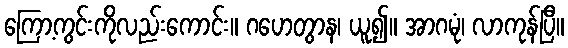
ကြော့ကွင်းကိုလည်းကောင်း။ ဂဟေတွာန၊ ယူ၍။ အာဂမုံ၊ လာကုန်ပြီ။